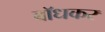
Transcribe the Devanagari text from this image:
बाॅधकर